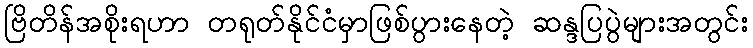
ဗြိတိန်အစိုးရဟာ တရုတ်နိုင်ငံမှာဖြစ်ပွားနေတဲ့ ဆန္ဒပြပွဲများအတွင်း